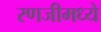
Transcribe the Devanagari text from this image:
रणजीमध्ये